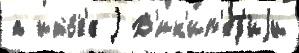
а ито́г'е j В'ик'ип'е́д'иjи